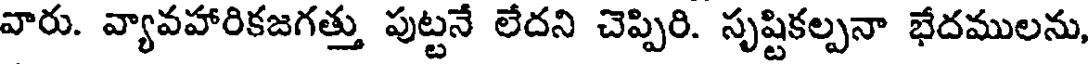
వారు. వ్యావహారికజగత్తు పుట్టనే లేదని చెప్పిరి. సృష్టికల్పనా భేదములను,